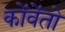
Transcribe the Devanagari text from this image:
कोंवेंतो